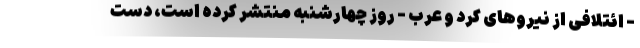
- ائتلافی از نیروهای کرد و عرب - روز چهارشنبه منتشر کرده است، دست